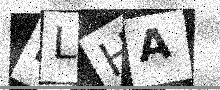
Text: DLHA